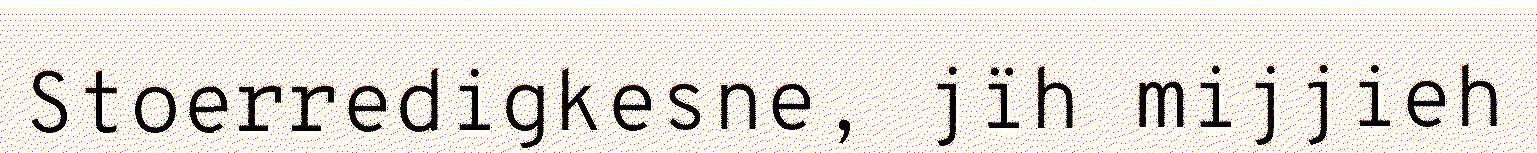
Stoerredigkesne, jïh mijjieh